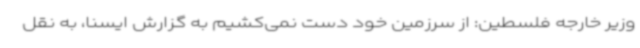
وزیر خارجه فلسطین: از سرزمین خود دست نمی‌کشیم به گزارش ایسنا، به نقل